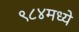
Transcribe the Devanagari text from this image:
९८४मध्ये